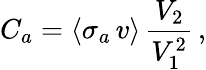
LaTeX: C_{a}=\langle\sigma_{a}\, v\rangle\, \frac{V_{2}}{V_{1}^{2}}\, ,